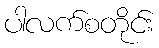
ပါလက်စတိုင်း